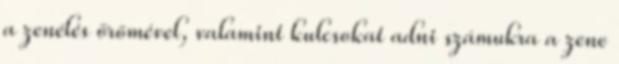
a zenélés örömével, valamint kulcsokat adni számukra a zene